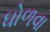
ધોળવા